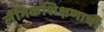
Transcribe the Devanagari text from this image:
लैंगिकशिक्षणाची